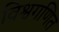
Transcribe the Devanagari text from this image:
विश्वगणित